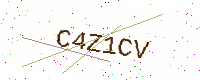
Text: C4Z1CV